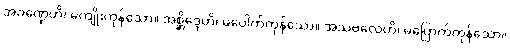
အခဏ္ဍေဟိ၊ မကျိုးကုန်သော။ အစ္ဆိဒ္ဒေဟိ၊ မပေါက်ကုန်သော။ အသဗလေဟိ၊ မပြောက်ကုန်သော။